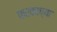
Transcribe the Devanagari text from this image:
फरकाच्या